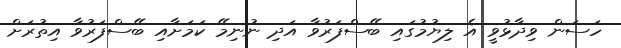
ހަސަން ވިދާޅުވީ އެ ލިޔުމުގައި ބޭސްފަރުވާ އަދި ނުނިމޭ ކަމަށާއި ބޭސްފަރުވާ އިތުރަށް